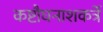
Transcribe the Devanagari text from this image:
कष्टौघनाशकर्त्रे